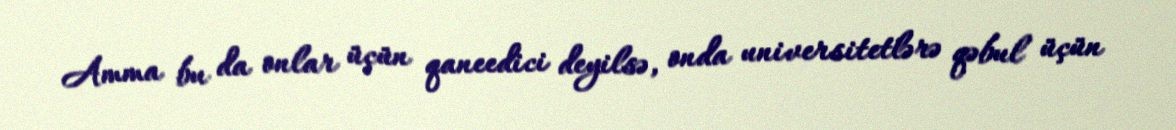
Amma bu da onlar üçün qaneedici deyilsə, onda universitetlərə qəbul üçün